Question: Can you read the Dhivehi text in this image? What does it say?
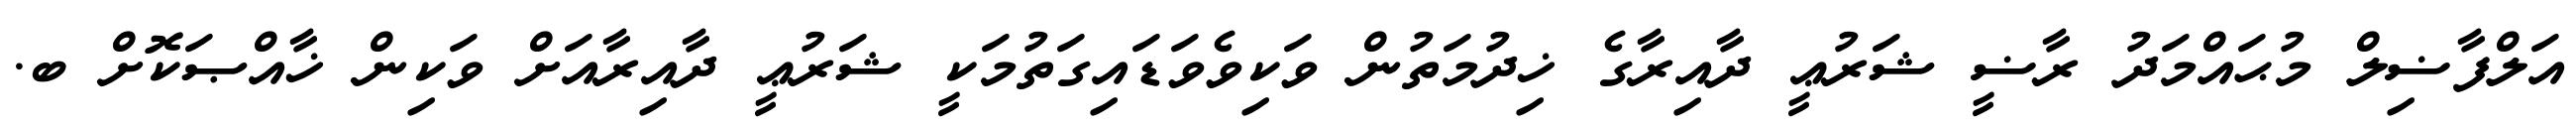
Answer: އަލްފާޟިލް މުޙައްމަދު ރާޟީ ޝަރުޢީ ދާއިރާގެ ޚިދުމަތުން ވަކިވެވަޑައިގަތުމަކީ ޝަރުޢީ ދާއިރާއަށް ވަކިން ޚާއްޞަކޮށް ބ.